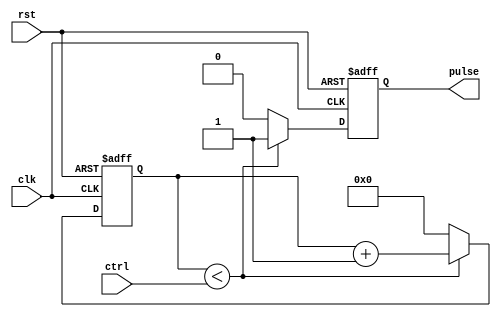
module VariablePulseWidthGenerator (
    input wire clk,     // System clock input
    input wire rst,     // Reset input
    input wire ctrl,    // Control signal for pulse width
    output reg pulse     // Output pulse signal
);

reg [7:0] count;        // Counter to track pulse width

always @(posedge clk or posedge rst) begin
    if (rst) begin
        count <= 0;
        pulse <= 0;
    end else begin
        if (count < ctrl) begin
            count <= count + 1;
            pulse <= 1;
        end else begin
            count <= 0;
            pulse <= 0;
        end
    end
end

endmodule